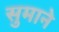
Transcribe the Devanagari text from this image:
सुमाने